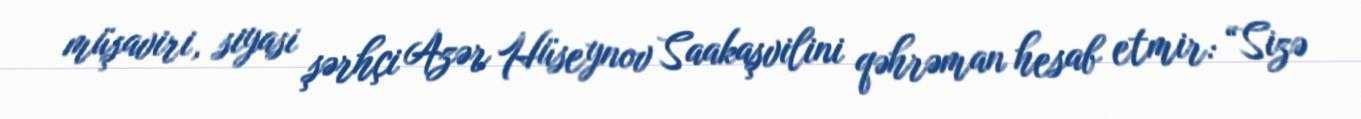
müşaviri, siyasi şərhçi Azər Hüseynov Saakaşvilini qəhrəman hesab etmir: “Sizə